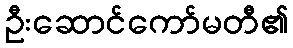
ဦးဆောင်ကော်မတီ၏